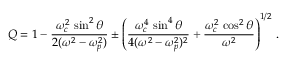
Q = 1 - \frac { \omega _ { c } ^ { 2 } \, \sin ^ { 2 } \theta } { 2 ( \omega ^ { 2 } - \omega _ { p } ^ { 2 } ) } \pm \left( \frac { \omega _ { c } ^ { 4 } \, \sin ^ { 4 } \theta } { 4 ( \omega ^ { 2 } - \omega _ { p } ^ { 2 } ) ^ { 2 } } + \frac { \omega _ { c } ^ { 2 } \, \cos ^ { 2 } \theta } { \omega ^ { 2 } } \right) ^ { 1 / 2 } \, .